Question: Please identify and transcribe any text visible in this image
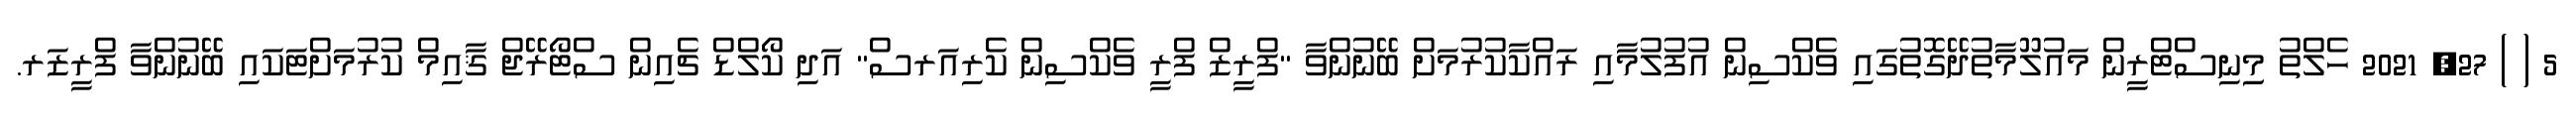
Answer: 5 ( ) 27, 2021 ހެލްތު މިިނިސްޓްރީން މައުލޫމާތުދޭގޮތުގައި ވެކްސިން އުފުލުމާއި ރައްކާކުރުމަށް ބޭނުންވާ "ފްރީޒް ފްރީ ވެކްސިން ކެރިއަރސް" އަދި ކޯލްޑް ޗެއިން ސްޓޯރޭޖް ޤާއިމް ކުރުމަށްޓަކައި ބޭނުންވާ ފްރީޒަރ.